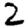
Digit: 2